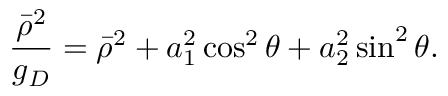
{ \frac { \bar { \rho } ^ { 2 } } { g _ { D } } } = \bar { \rho } ^ { 2 } + a _ { 1 } ^ { 2 } \cos ^ { 2 } \theta + a _ { 2 } ^ { 2 } \sin ^ { 2 } \theta .